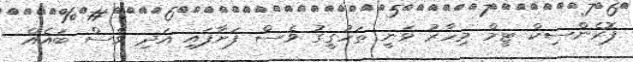
ފޮރެންސިކް ޓީމް މިހާރު ވަނީ ތަހުގީގު ވެސް ފަށާފައި އަދި ވެސް ބައެއް